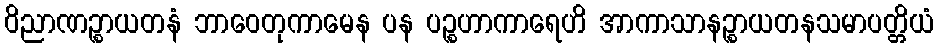
ဝိညာဏဉ္စာယတနံ ဘာဝေတုကာမေန ပန ပဉ္စဟာကာရေဟိ အာကာသာနဉ္စာယတနသမာပတ္တိယံ